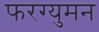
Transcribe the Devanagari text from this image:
फरग्युमन